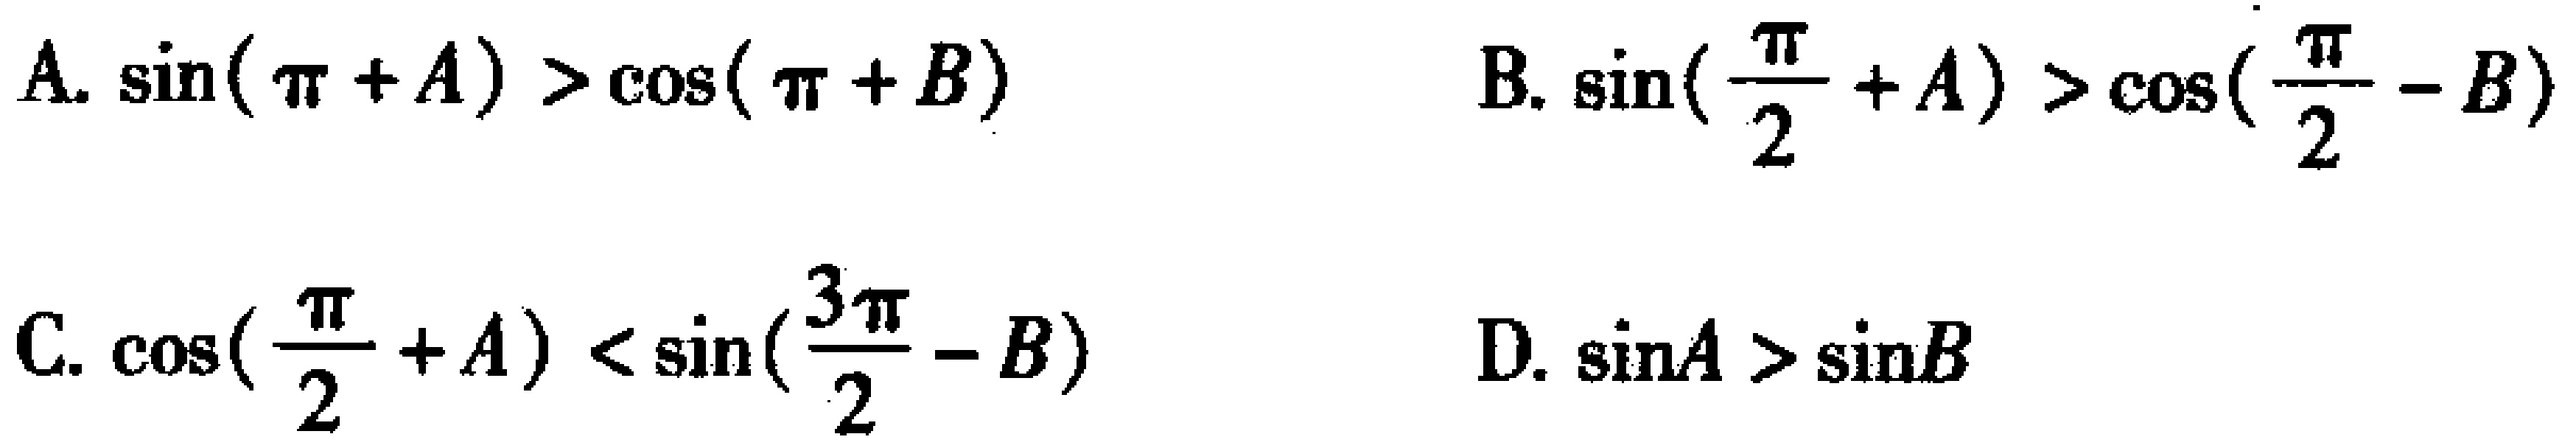
A. \(\sin(\pi + A) > \cos(\pi + B)\)  B. \(\sin(\frac{\pi}{2}+A) > \cos(\frac{\pi}{2}-B)\)

C. \(\cos(\frac{\pi}{2}+A) < \sin(\frac{3\pi}{2}-B)\)  D. \(\sin A > \sin B\)